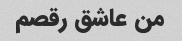
من عاشق رقصم